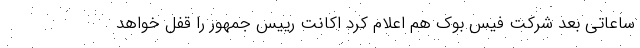
ساعاتی بعد شرکت فیس بوک هم اعلام کرد اکانت رییس جمهور را قفل خواهد